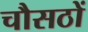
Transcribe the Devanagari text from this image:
चौसठों